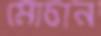
মোচান